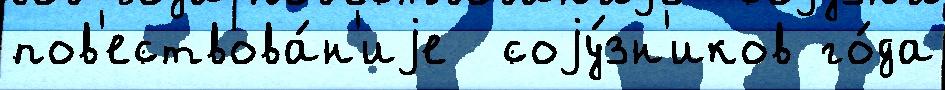
пов'ествова́н'иjе  соjу́зн'иков го́да